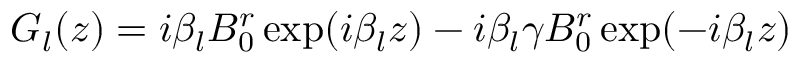
G _ { l } ( z ) = i \beta _ { l } B _ { 0 } ^ { r } \exp ( i \beta _ { l } z ) - i \beta _ { l } \gamma B _ { 0 } ^ { r } \exp ( - i \beta _ { l } z )